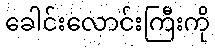
ခေါင်းလောင်းကြီးကို